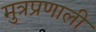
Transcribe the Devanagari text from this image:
मुत्रप्रणाली